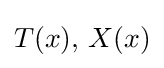
T(x),\,X(x)